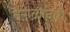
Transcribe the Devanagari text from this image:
मंगळादेवी